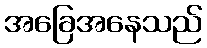
အခြေအနေသည်